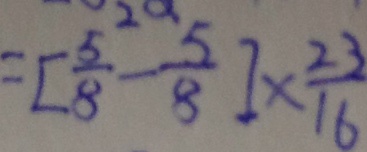
= [ \frac { 5 } { 8 } - \frac { 5 } { 8 } ] \times \frac { 2 3 } { 1 6 }